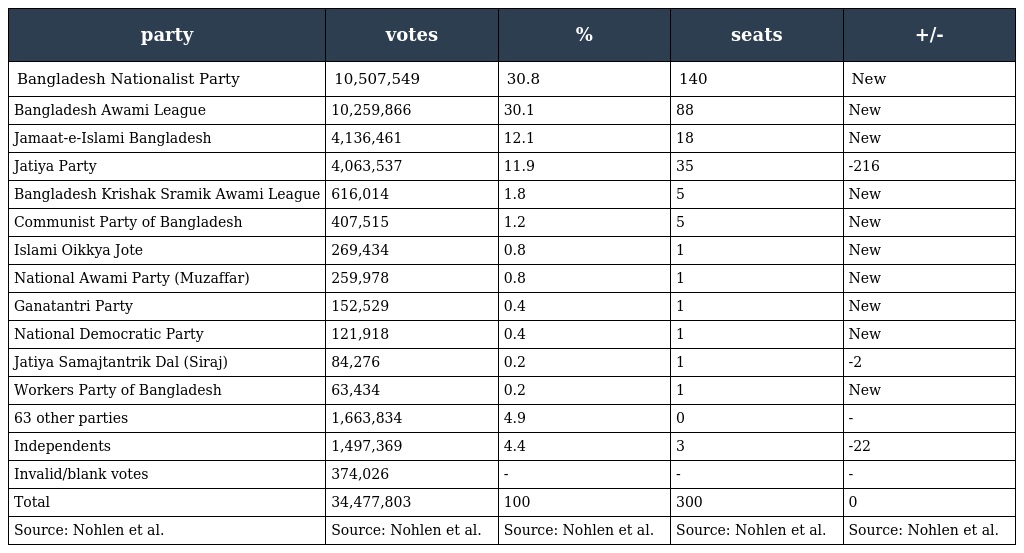
| party | votes | % | seats | +/- |
 | --- | --- | --- | --- | --- |
 | Bangladesh Nationalist Party | 10,507,549 | 30.8 | 140 | New |
 | Bangladesh Awami League | 10,259,866 | 30.1 | 88 | New |
 | Jamaat-e-Islami Bangladesh | 4,136,461 | 12.1 | 18 | New |
 | Jatiya Party | 4,063,537 | 11.9 | 35 | -216 |
 | Bangladesh Krishak Sramik Awami League | 616,014 | 1.8 | 5 | New |
 | Communist Party of Bangladesh | 407,515 | 1.2 | 5 | New |
 | Islami Oikkya Jote | 269,434 | 0.8 | 1 | New |
 | National Awami Party (Muzaffar) | 259,978 | 0.8 | 1 | New |
 | Ganatantri Party | 152,529 | 0.4 | 1 | New |
 | National Democratic Party | 121,918 | 0.4 | 1 | New |
 | Jatiya Samajtantrik Dal (Siraj) | 84,276 | 0.2 | 1 | -2 |
 | Workers Party of Bangladesh | 63,434 | 0.2 | 1 | New |
 | 63 other parties | 1,663,834 | 4.9 | 0 | - |
 | Independents | 1,497,369 | 4.4 | 3 | -22 |
 | Invalid/blank votes | 374,026 | - | - | - |
 | Total | 34,477,803 | 100 | 300 | 0 |
 | Source: Nohlen et al. | Source: Nohlen et al. | Source: Nohlen et al. | Source: Nohlen et al. | Source: Nohlen et al. |